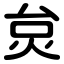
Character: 炱